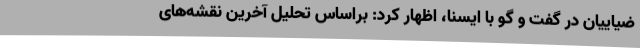
ضیاییان در گفت و گو با ایسنا، اظهار کرد: براساس تحلیل آخرین نقشه‌های